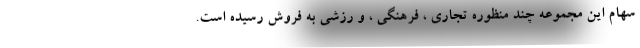
سهام این مجموعه چند منظوره تجاری ، فرهنگی ، و رزشی به فروش رسیده است.